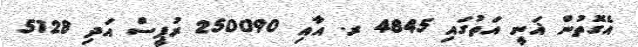
އެގޮތުން ޣަނީ އަތުގައި 4845 ރ. އާއި 250090 ރުޕީސް އަދި 5128